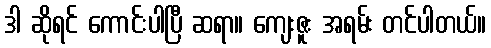
ဒါ ဆိုရင် ကောင်းပါပြီ ဆရာ။ ကျေးဇူး အရမ်း တင်ပါတယ်။